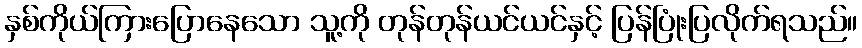
နှစ်ကိုယ်ကြားပြောနေသော သူ့ကို တုန်တုန်ယင်ယင်နှင့် ပြန်ပြုံးပြလိုက်ရသည်။